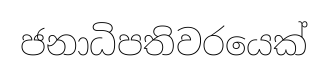
ජනාධිපතිවරයෙක්